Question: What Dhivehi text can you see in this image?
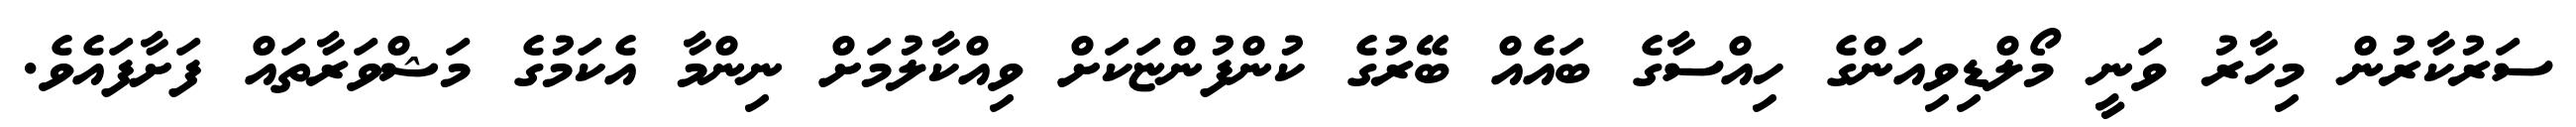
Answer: ސަރުކާރުން މިހާރު ވަނީ މޯލްޑިވިއަންގެ ހިއްސާގެ ބައެއް ބޭރުގެ ކުންފުންޏަކަށް ވިއްކާލުމަށް ނިންމާ އެކަމުގެ މަޝްވަރާތައް ފަށާފައެވެ.